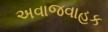
અવાજવાહક